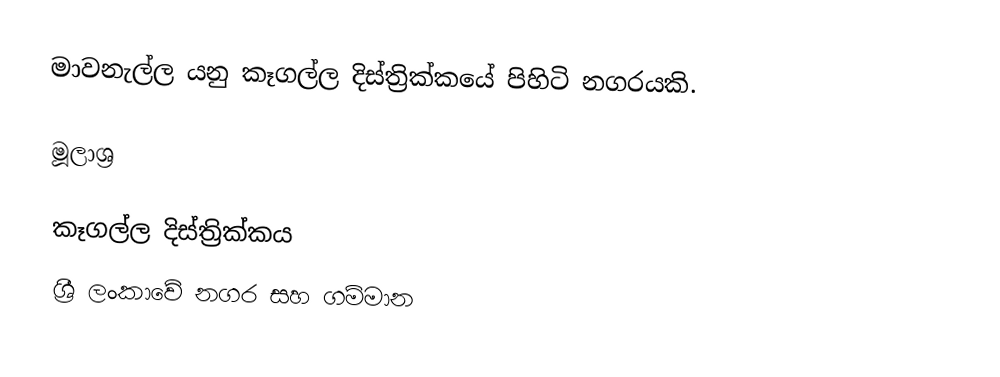
මාවනැල්ල යනු කෑගල්ල දිස්ත්‍රික්කයේ පිහිටි නගරයකි.

මූලාශ්‍ර

කෑගල්ල දිස්ත්‍රික්කය
ශ්‍රී ලංකාවේ නගර සහ ගම්මාන